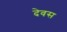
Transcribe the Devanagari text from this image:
देवस